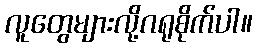
လူတွေများလို့ဂရုစိုက်ပါ။